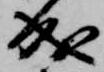
成